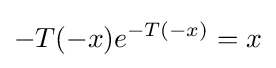
-T(-x)e^{-T(-x)}=x